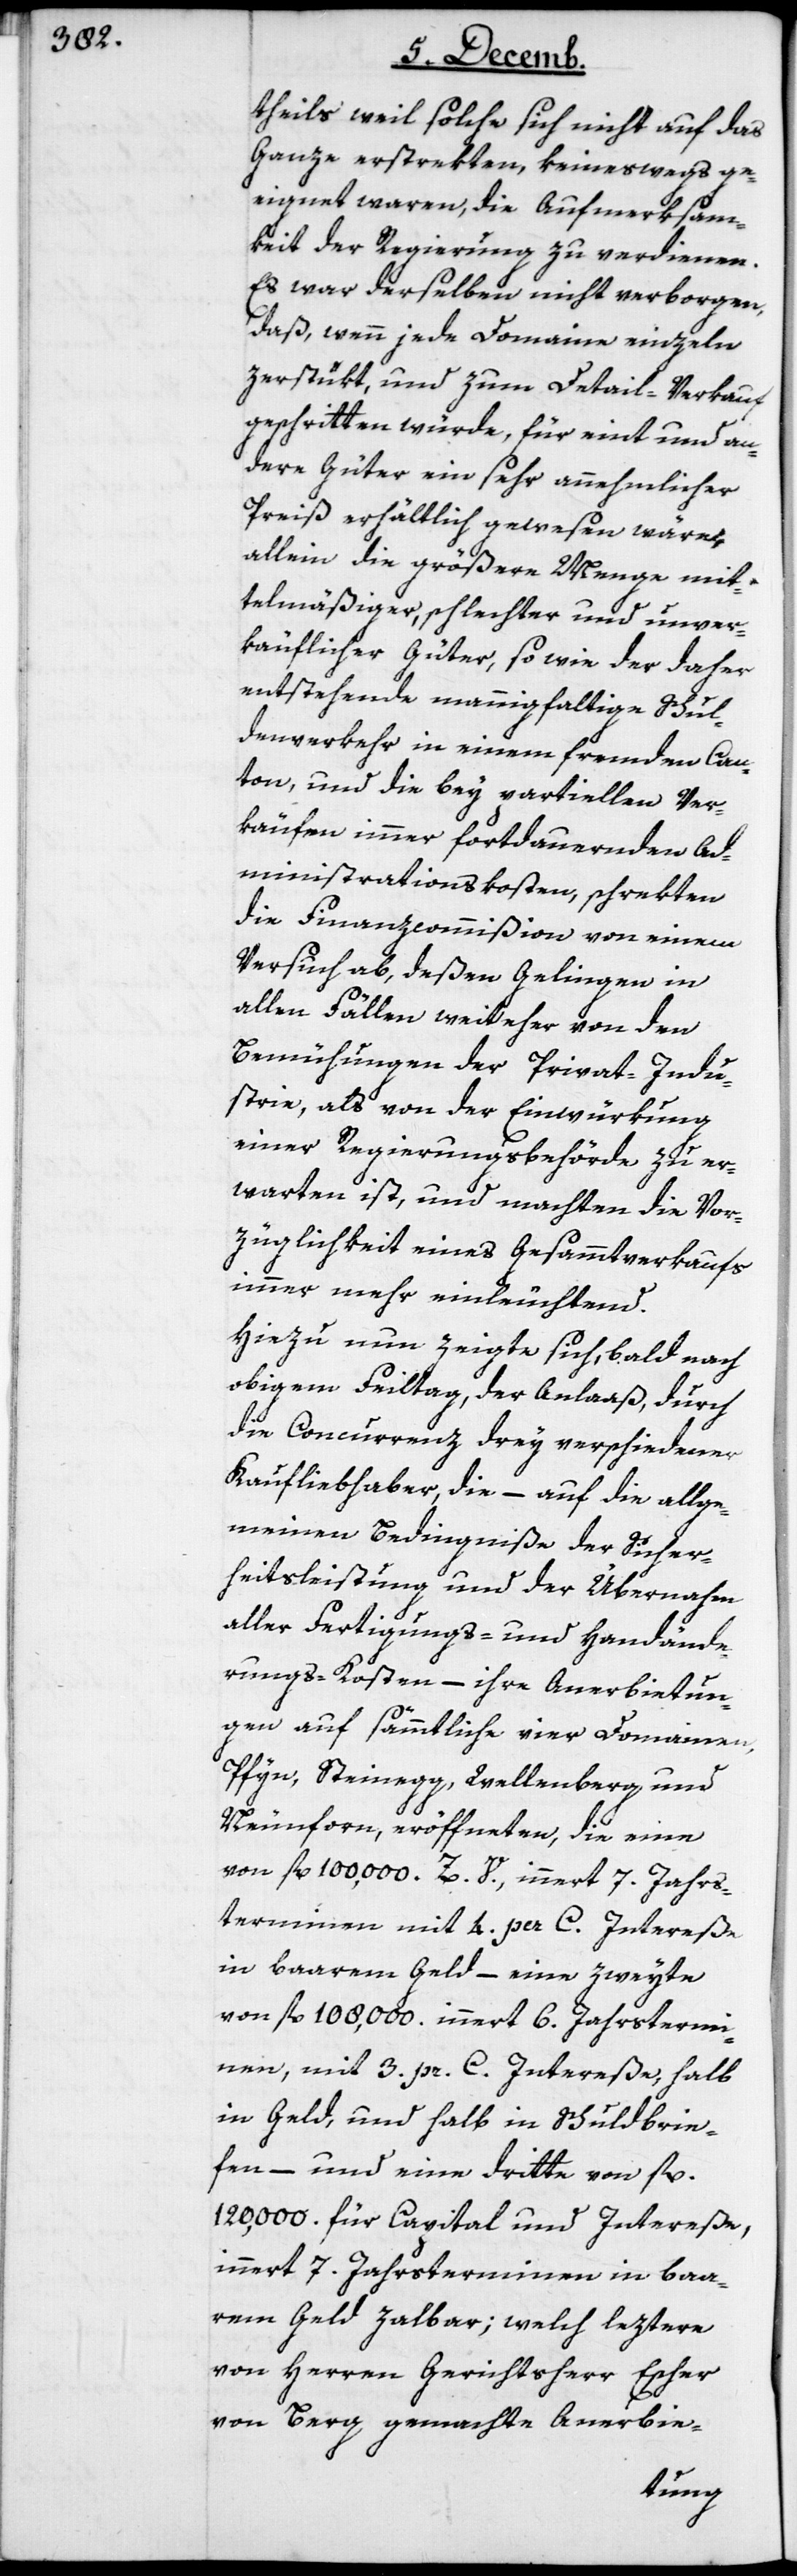
theils weil solche sich nicht auf das
Ganze erstrekten, keineswegs ge¬
eignet waren, die Aufmerksam¬
keit der Regierung zu verdienen.
Es war derselben nicht verborgen,
daß wenn jede Domaine einzeln
zerstükt, und zum Detail-Verkauf
geschritten würde, für eint und an¬
dere Güter ein sehr annehmlicher
Preis erhältlich gewesen wäre,
allein die größere Menge mit¬
telmäßiger, schlechter und unver¬
käuflicher Güter, sowie der daher
entstehende mannigfaltige Schul¬
denverkehr in einem fremden Can¬
ton, und die bey partiellen Ver¬
käufen immer fortdauernden Ad¬
ministrationskosten, schrekten
die Finanzcommißion von einem
Versuch ab, deßen Gelingen in
allen Fällen weit eher von den
Bemühungen der Privat-Indu¬
strie, als von der Einwürkung
einer Regierunsbehörde zu er¬
warten ist, und machten die Vor¬
züglichkeit eines Gesammtverkaufs
immer mehr einleuchtend.
Hiezu nun zeigte sich, bald nach
obigem Feiltag, der Anlaaß, durch
die Concurrenz drey verschiedener
Kaufliebhaber, die – auf die allge¬
meine Bedingniße der Sicher¬
heitsleistung und der Übernahme
aller Fertigungs- und Handände¬
rungs-Kosten – ihre Anerbietun¬
gen auf sämmtliche vier Domainen,
Pfyn, Steinegg, Wellenberg und
Neunforn, eröffneten, die eine
von fl. 100,000. Z. V., innert 7. Jahrs¬
terminen mit 4. per C. Intereße
in barem Geld, – eine zweyte
von fl 108,000. innert 6. Jahrstermi¬
nen, mit 3. pr. C. Intereße, halb
in Geld und halb in Schuldbrie¬
fen, – und eine dritte von fl.
120,000. für Capital und Intereße,
innert 7. Jahrsterminen in baa¬
rem Geld zahlbar; welch leztere
von Herren Gerichtsherr Escher
von Berg gemachte Anerbie-